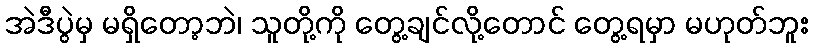
အဲဒီပွဲမှ မရှိတော့ဘဲ၊ သူတို့ကို တွေ့ချင်လို့တောင် တွေ့ရမှာ မဟုတ်ဘူး